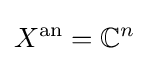
X^{\mathrm {an} }=\mathbb {C} ^{n}